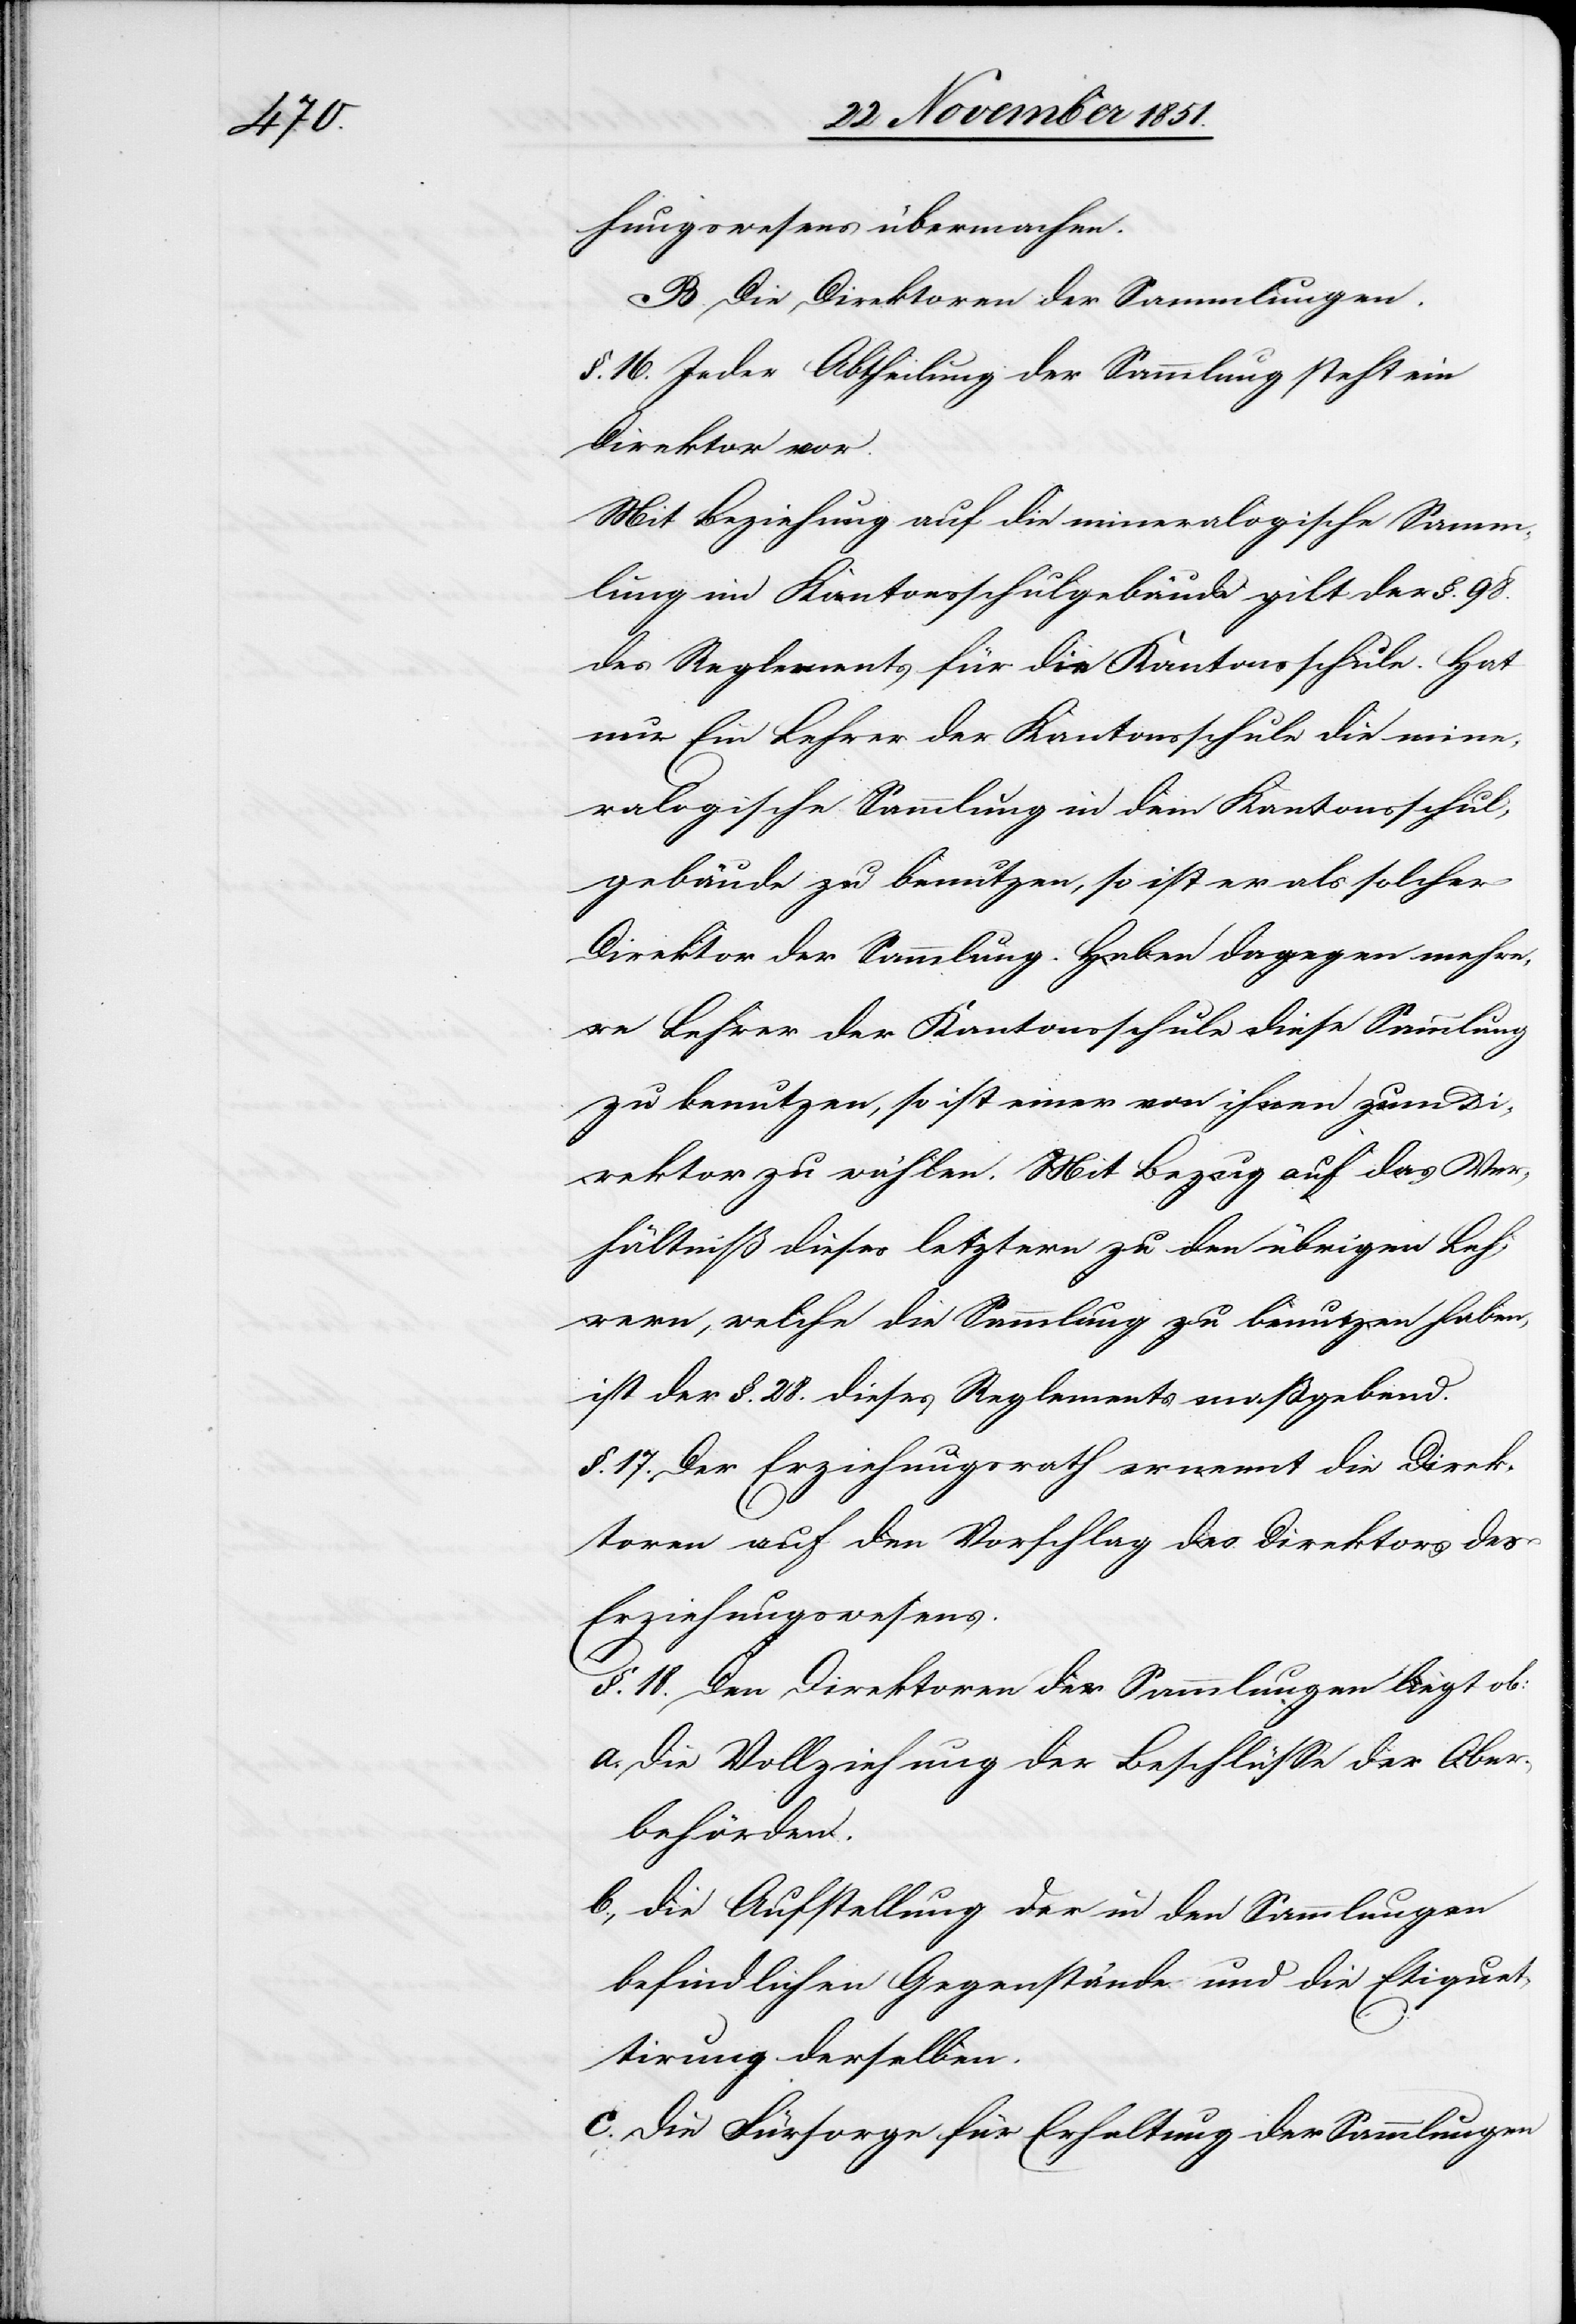
hungswesens übermachen.
B. Die Direktoren der Sammlungen.
§. 16. Jeder Abtheilung der Sammlung steht ein
Direktor vor.
Mit Beziehung auf die mineralogische Samm¬
lung im Kantonsschulgebäude gilt der §. 98.
des Reglements für die Kantonsschule. Hat
nur Ein Lehrer der Kantonsschule die mine¬
ralogische Sammlung in dem Kantonsschul¬
gebäude zu benutzen, so ist er als solcher
Direktor der Sammlung. Haben dagegen mehrer¬
e Lehrer der Kantonsschule diese Sammlung
zu benutzen, so ist einer von ihnen zum Di¬
rektor zu wählen. Mit Bezug auf das Ver¬
hältniß dieses letztern zu den übrigen Leh¬
rern, welche die Sammlung zu benutzen haben,
ist der §. 28. dieses Reglements maßgebend.
§. 17. Der Erziehungsrath ernennt die Direk¬
toren auf den Vorschlag des Direktors des
Erziehungswesens.
§. 18. Den Direktoren der Sammlungen liegt ob:
Die Vollziehung der Beschlüsse der Ober¬
behörden.
die Aufstellung der in den Sammlungen
befindlichen Gegenstände und die Etiquet¬
tirung derselben.
Die Fürsorge für Erhaltung der Sammlungen